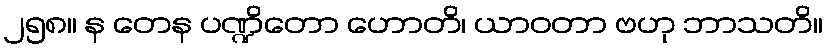
၂၅၈။ န တေန ပဏ္ဍိတော ဟောတိ၊ ယာဝတာ ဗဟု ဘာသတိ။